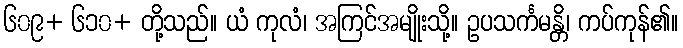
၆၀၉+ ၆၁၀+ တို့သည်။ ယံ ကုလံ၊ အကြင်အမျိုးသို့။ ဥပသင်္ကမန္တိ၊ ကပ်ကုန်၏။